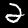
Label: 2